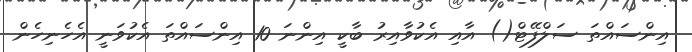
އިންސައްތަ ސަލްފޭޓް() އާއި އެކުވާއިރު ބާކީ އިންނަ 10 އިންސައްތަ އެކުވަނީ އެހެނިހެން